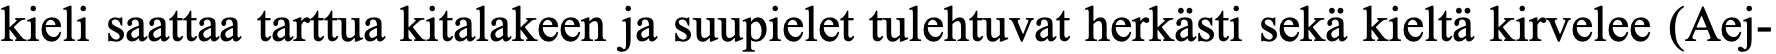
kieli saattaa tarttua kitalakeen ja suupielet tulehtuvat herkästi sekä kieltä kirvelee (Aej-